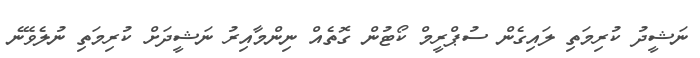
ނަޝީދު ކުރިމަތި ލައިގެން ސުޕްރީމް ކޯޓުން ގޮތެއް ނިންމާއިރު ނަޝީދަށް ކުރިމަތި ނުލެވޭނެ